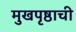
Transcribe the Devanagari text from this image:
मुखपृष्ठाची